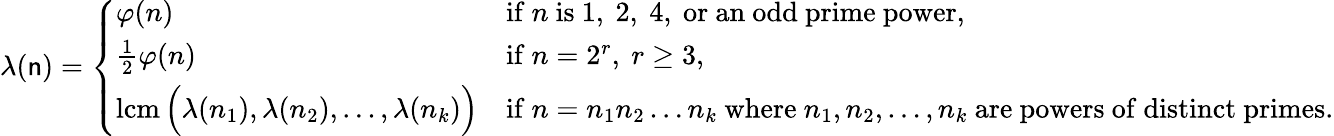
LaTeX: \lambda(\mathsf{n})={\left\{ \begin{array}{ll}{\varphi(n)}&{{\mathrm{if~}}n{\mathrm{~is~1,~2,~4,~or~an~odd~prime~power,}}}\\ {{\frac{1}{2}}\varphi(n)}&{{\mathrm{if~}}n=2^{r},\ r\geq 3,}\\ {\operatorname{lcm}{\Bigl(}\lambda(n_{1}),\lambda(n_{2}),\ldots,\lambda(n_{k}){\Bigr)}}&{{\mathrm{if~}}n=n_{1}n_{2}\ldots n_{k}{\mathrm{~where~}}n_{1},n_{2},\ldots,n_{k}{\mathrm{~are~powers~of~distinct~primes.}}}\end{array}\right.}